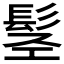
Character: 𩬣